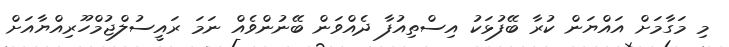
މި މަގާމަށް އައްޔަން ކުރާ ބޭފުޅަކު އިސްތިއުފާ ދެއްވަން ބޭނުންވެއް ނަމަ ރައީސުލްޖުމްހޫރިއްޔާއަށް